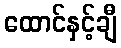
ထောင်နှင့်ချီ